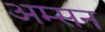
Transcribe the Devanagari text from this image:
अम्सन